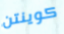
كوينتن